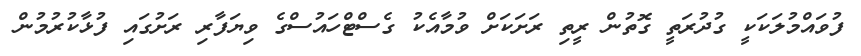
ފުވައްމުލަކަކީ ގުދުރަތީ ގޮތުން ރީތި ރަށަކަށް ވުމާއެކު ގެސްޓްހައުސްގެ ވިޔަފާރި ރަށުގައި ފުޅާކުރުމުން